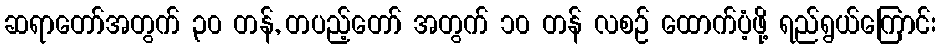
ဆရာတော်အတွက် ၃၀ တန်, တပည့်တော် အတွက် ၁၀ တန် လစဉ် ထောက်ပံ့ဖို့ ရည်ရွယ်ကြောင်း